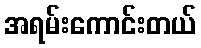
အရမ်းကောင်းတယ်